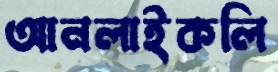
আনলাইকলি